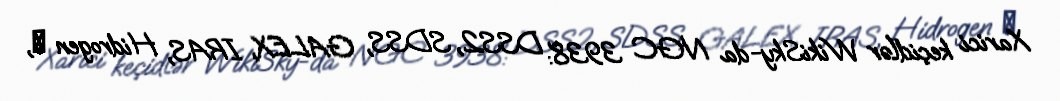
Xarici keçidlər WikiSky-da NGC 3938: DSS2, SDSS, GALEX, IRAS, Hidrogen α,